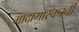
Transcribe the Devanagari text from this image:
मादागास्करची